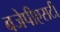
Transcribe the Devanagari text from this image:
बजेपीएसटी